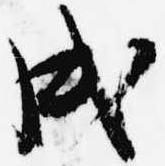
戌